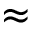
\approx